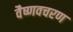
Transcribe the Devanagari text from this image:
वैष्णवचरण